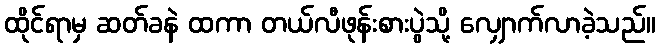
ထိုင်ရာမှ ဆတ်ခနဲ ထကာ တယ်လီဖုန်းစားပွဲသို့ လျှောက်လာခဲ့သည်။